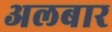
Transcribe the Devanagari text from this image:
अलबार